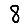
Digit: 8